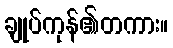
ချုပ်ကုန်၏တကား။